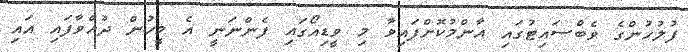
ފުލުހުންގެ ވެބްސައިޓުގައި އާންމުކޮށްފައިވާ މި ވީޑިއޯގައި ފެންނަނީ އެ މީހުން ދުއްވާފައި އައި